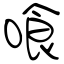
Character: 喰